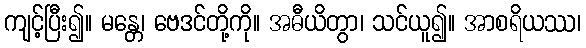
ကျင့်ပြီး၍။ မန္တေ၊ ဗေဒင်တို့ကို။ အဓီယိတွာ၊ သင်ယူ၍။ အာစရိယဿ၊